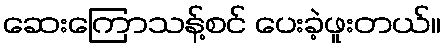
ဆေးကြောသန့်စင် ပေးခဲ့ဖူးတယ်။